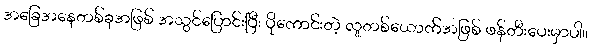
အခြေအနေတစ်ခုအဖြစ် အသွင်ပြောင်းပြီး ပိုကောင်းတဲ့ လူတစ်ယောက်အဖြစ် ဖန်တီးပေးမှာပါ။